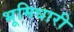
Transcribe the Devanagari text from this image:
भूमिधारी